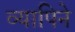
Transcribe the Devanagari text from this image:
व्यापिने